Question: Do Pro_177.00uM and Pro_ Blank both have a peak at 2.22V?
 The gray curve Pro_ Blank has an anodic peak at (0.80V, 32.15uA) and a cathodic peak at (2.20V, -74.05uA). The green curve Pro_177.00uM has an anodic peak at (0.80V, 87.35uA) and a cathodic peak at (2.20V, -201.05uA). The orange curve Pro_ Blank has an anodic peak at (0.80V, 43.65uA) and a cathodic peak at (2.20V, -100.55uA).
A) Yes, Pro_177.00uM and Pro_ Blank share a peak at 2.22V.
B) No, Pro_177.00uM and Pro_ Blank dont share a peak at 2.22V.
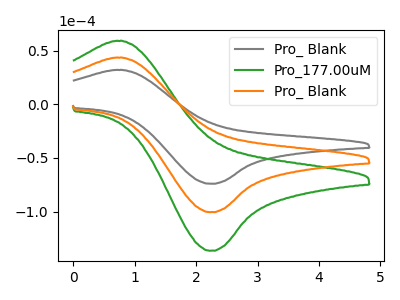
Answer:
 <answer>A) Yes, "Pro_177.00uM" and "Pro_ Blank" share a peak at 2.22V.</answer>
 <eval>A</eval>